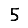
Digit: 5